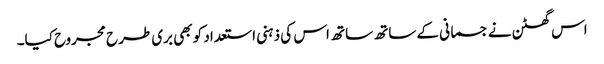
اس گھٹن نے جسمانی کے ساتھ ساتھ اس کی ذہنی استعداد کو بھی بری طرح مجروح کیا۔